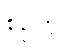
စဉ်တွင်